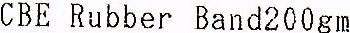
CBE RUBBER BAND200GM